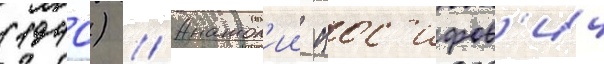
(1940) // Анатол'ии иос'ифов'ич